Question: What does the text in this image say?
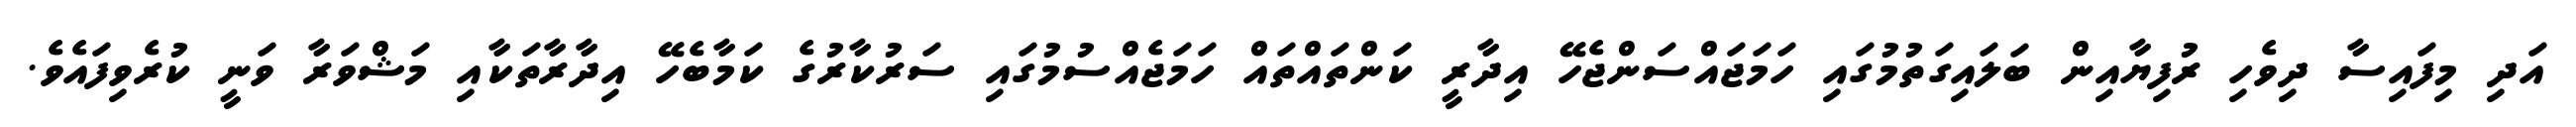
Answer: އަދި މިފައިސާ ދިވެހި ރުފިޔާއިން ބަލައިގަތުމުގައި ހަމަޖައްސަންޖެހޭ އިދާރީ ކަންތައްތައް ހަމަޖެއްސުމުގައި ސަރުކާރުގެ ކަމާބެހޭ އިދާރާތަކާއި މަޝްވަރާ ވަނީ ކުރެވިފައެވެ.